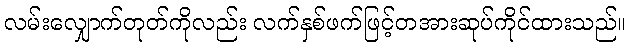
လမ်းလျှောက်တုတ်ကိုလည်း လက်နှစ်ဖက်ဖြင့်တအားဆုပ်ကိုင်ထားသည်။